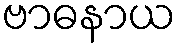
ဗာဓနာယ